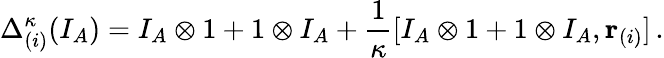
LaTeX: \Delta_{(i)}^{\kappa}(I_{A})=I_{A}\otimes 1+1\otimes I_{A}+\frac{1}{\kappa}[I_{A}\otimes 1+1\otimes I_{A},{\mathbf r}_{(i)}]\, .